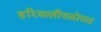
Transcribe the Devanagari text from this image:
हरियालीपाठोपाठ